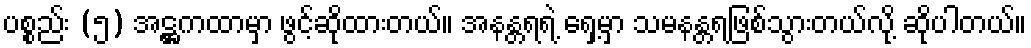
ပစ္စည်း (၅) အဋ္ဌကထာမှာ ဖွင့်ဆိုထားတယ်။ အနန္တရရဲ့ ရှေ့မှာ သမနန္တရဖြစ်သွားတယ်လို့ ဆိုပါတယ်။